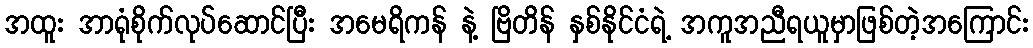
အထူး အာရုံစိုက်လုပ်ဆောင်ပြီး အမေရိကန် နဲ့ ဗြိတိန် နှစ်နိုင်ငံရဲ့ အကူအညီရယူမှာဖြစ်တဲ့အကြောင်း